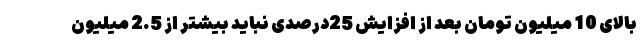
بالای 10 میلیون تومان بعد از افزایش 25درصدی نباید بیشتر از 2.5 میلیون